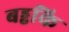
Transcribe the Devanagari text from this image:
बड्ढकि